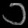
Digit: ၁